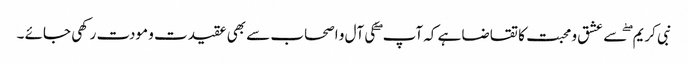
نبی کریم ۖ سے عشق و محبت کا تقاضا ہے کہ آپ ۖ کی آل و اصحاب سے بھی عقیدت و مودت رکھی جائے ۔